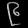
Digit: ၉